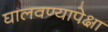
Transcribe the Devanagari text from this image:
घालवण्यापेक्षा